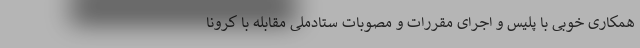
همکاری خوبی با پلیس و اجرای مقررات و مصوبات ستادملی مقابله با کرونا